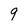
Character: 9